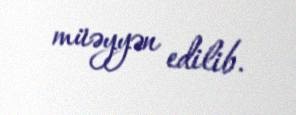
müəyyən edilib.